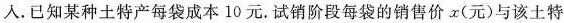
入。已知某种土特产每袋成本10元。试销阶段每袋的销售价x(元)与该土特